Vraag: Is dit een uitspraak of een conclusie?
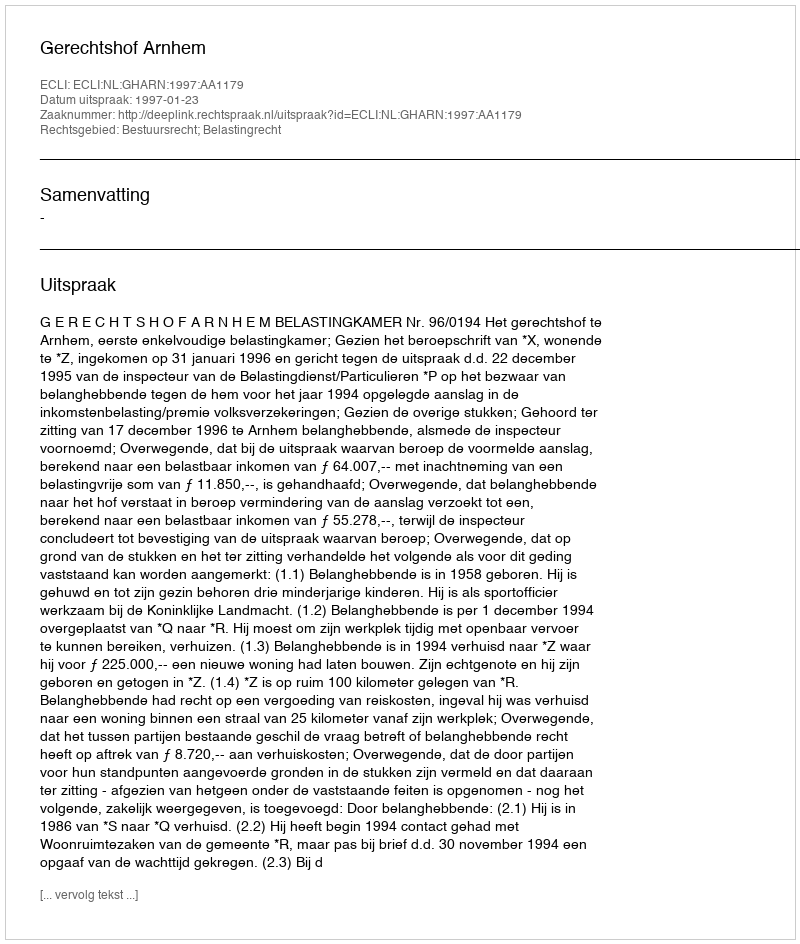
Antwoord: Uitspraak